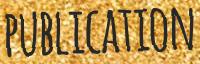
PUBLICATION